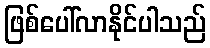
ဖြစ်ပေါ်လာနိုင်ပါသည်